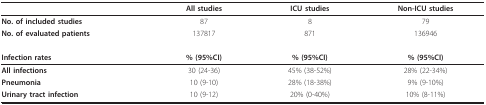
<table><thead><tr><td></td><td><b>All studies</b></td><td><b>ICU studies</b></td><td><b>Non-ICU studies</b></td></tr></thead><tbody><tr><td><b>No. of included studies</b></td><td>87</td><td>8</td><td>79</td></tr><tr><td><b>No. of evaluated patients</b></td><td>137817</td><td>871</td><td>136946</td></tr><tr><td><b>Infection rates</b></td><td><b>% (95%CI)</b></td><td><b>% (95%CI)</b></td><td><b>% (95%CI)</b></td></tr><tr><td><b>All infections</b></td><td>30 (24-36)</td><td>45% (38-52%)</td><td>28% (22-34%)</td></tr><tr><td><b>Pneumonia</b></td><td>10 (9-10)</td><td>28% (18-38%)</td><td>9% (9-10%)</td></tr><tr><td><b>Urinary tract infection</b></td><td>10 (9-12)</td><td>20% (0-40%)</td><td>10% (8-11%)</td></tr></tbody></table>